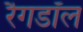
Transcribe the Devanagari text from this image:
रैगडॉल